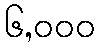
၆,၀၀၀